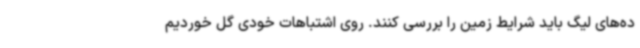
ده‌های لیگ باید شرایط زمین را بررسی کنند. روی اشتباهات خودی گل خوردیم